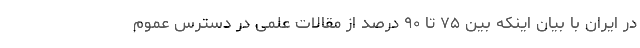
در ایران با بیان اینکه بین ۷۵ تا ۹۰ درصد از مقالات علمی در دسترس عموم